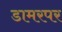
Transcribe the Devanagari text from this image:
डामरपर